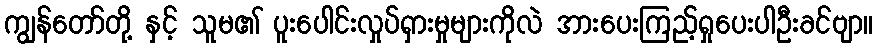
ကျွန်တော်တို့ နှင့် သူမ၏ ပူးပေါင်းလှုပ်ရှားမှုများကိုလဲ အားပေးကြည့်ရှုပေးပါဦးခင်ဗျာ။